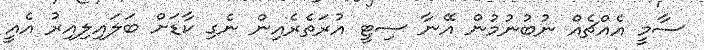
ސާމީ އެއްޗެއް ނުބުނުމުން އޭނާ ސިޓީ އުރަތެރެއިން ނެގި ކާޑަށް ބަލައިލިއިރު އެއީ